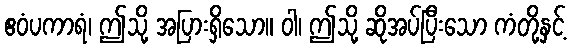
ဧဝံပကာရံ၊ ဤသို့ အပြားရှိသော။ ဝါ၊ ဤသို့ ဆိုအပ်ပြီးသော ကံတို့နှင့်